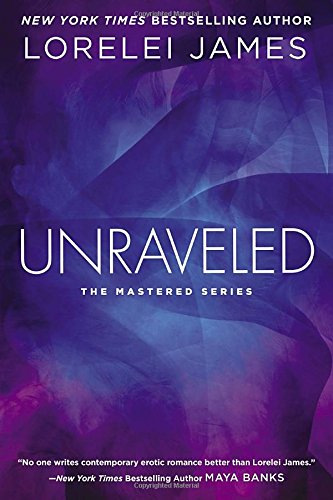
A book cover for Unraveled: The Mastered Series; Lorelei James; Romance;